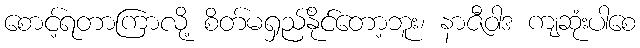
စောင့်ရတာကြာလို့ စိတ်မရှည်နိုင်တော့ဘူး၊ နာဇီဝါဒ ကျဆုံးပါစေ